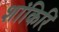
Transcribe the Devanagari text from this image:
शांकिरि